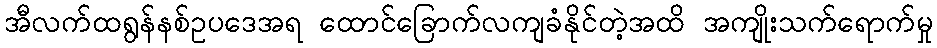
အီလက်ထရွန်နစ်ဥပဒေအရ ထောင်ခြောက်လကျခံနိုင်တဲ့အထိ အကျိုးသက်ရောက်မှု